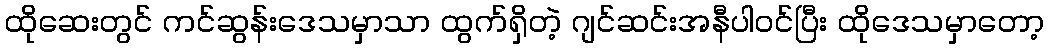
ထိုဆေးတွင် ကင်ဆွန်းဒေသမှာသာ ထွက်ရှိတဲ့ ဂျင်ဆင်းအနီပါဝင်ပြီး ထိုဒေသမှာတော့